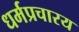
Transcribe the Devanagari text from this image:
धर्मप्रचारय